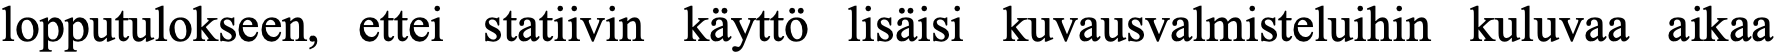
lopputulokseen, ettei statiivin käyttö lisäisi kuvausvalmisteluihin kuluvaa aikaa